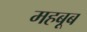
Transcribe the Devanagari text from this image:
महबूब